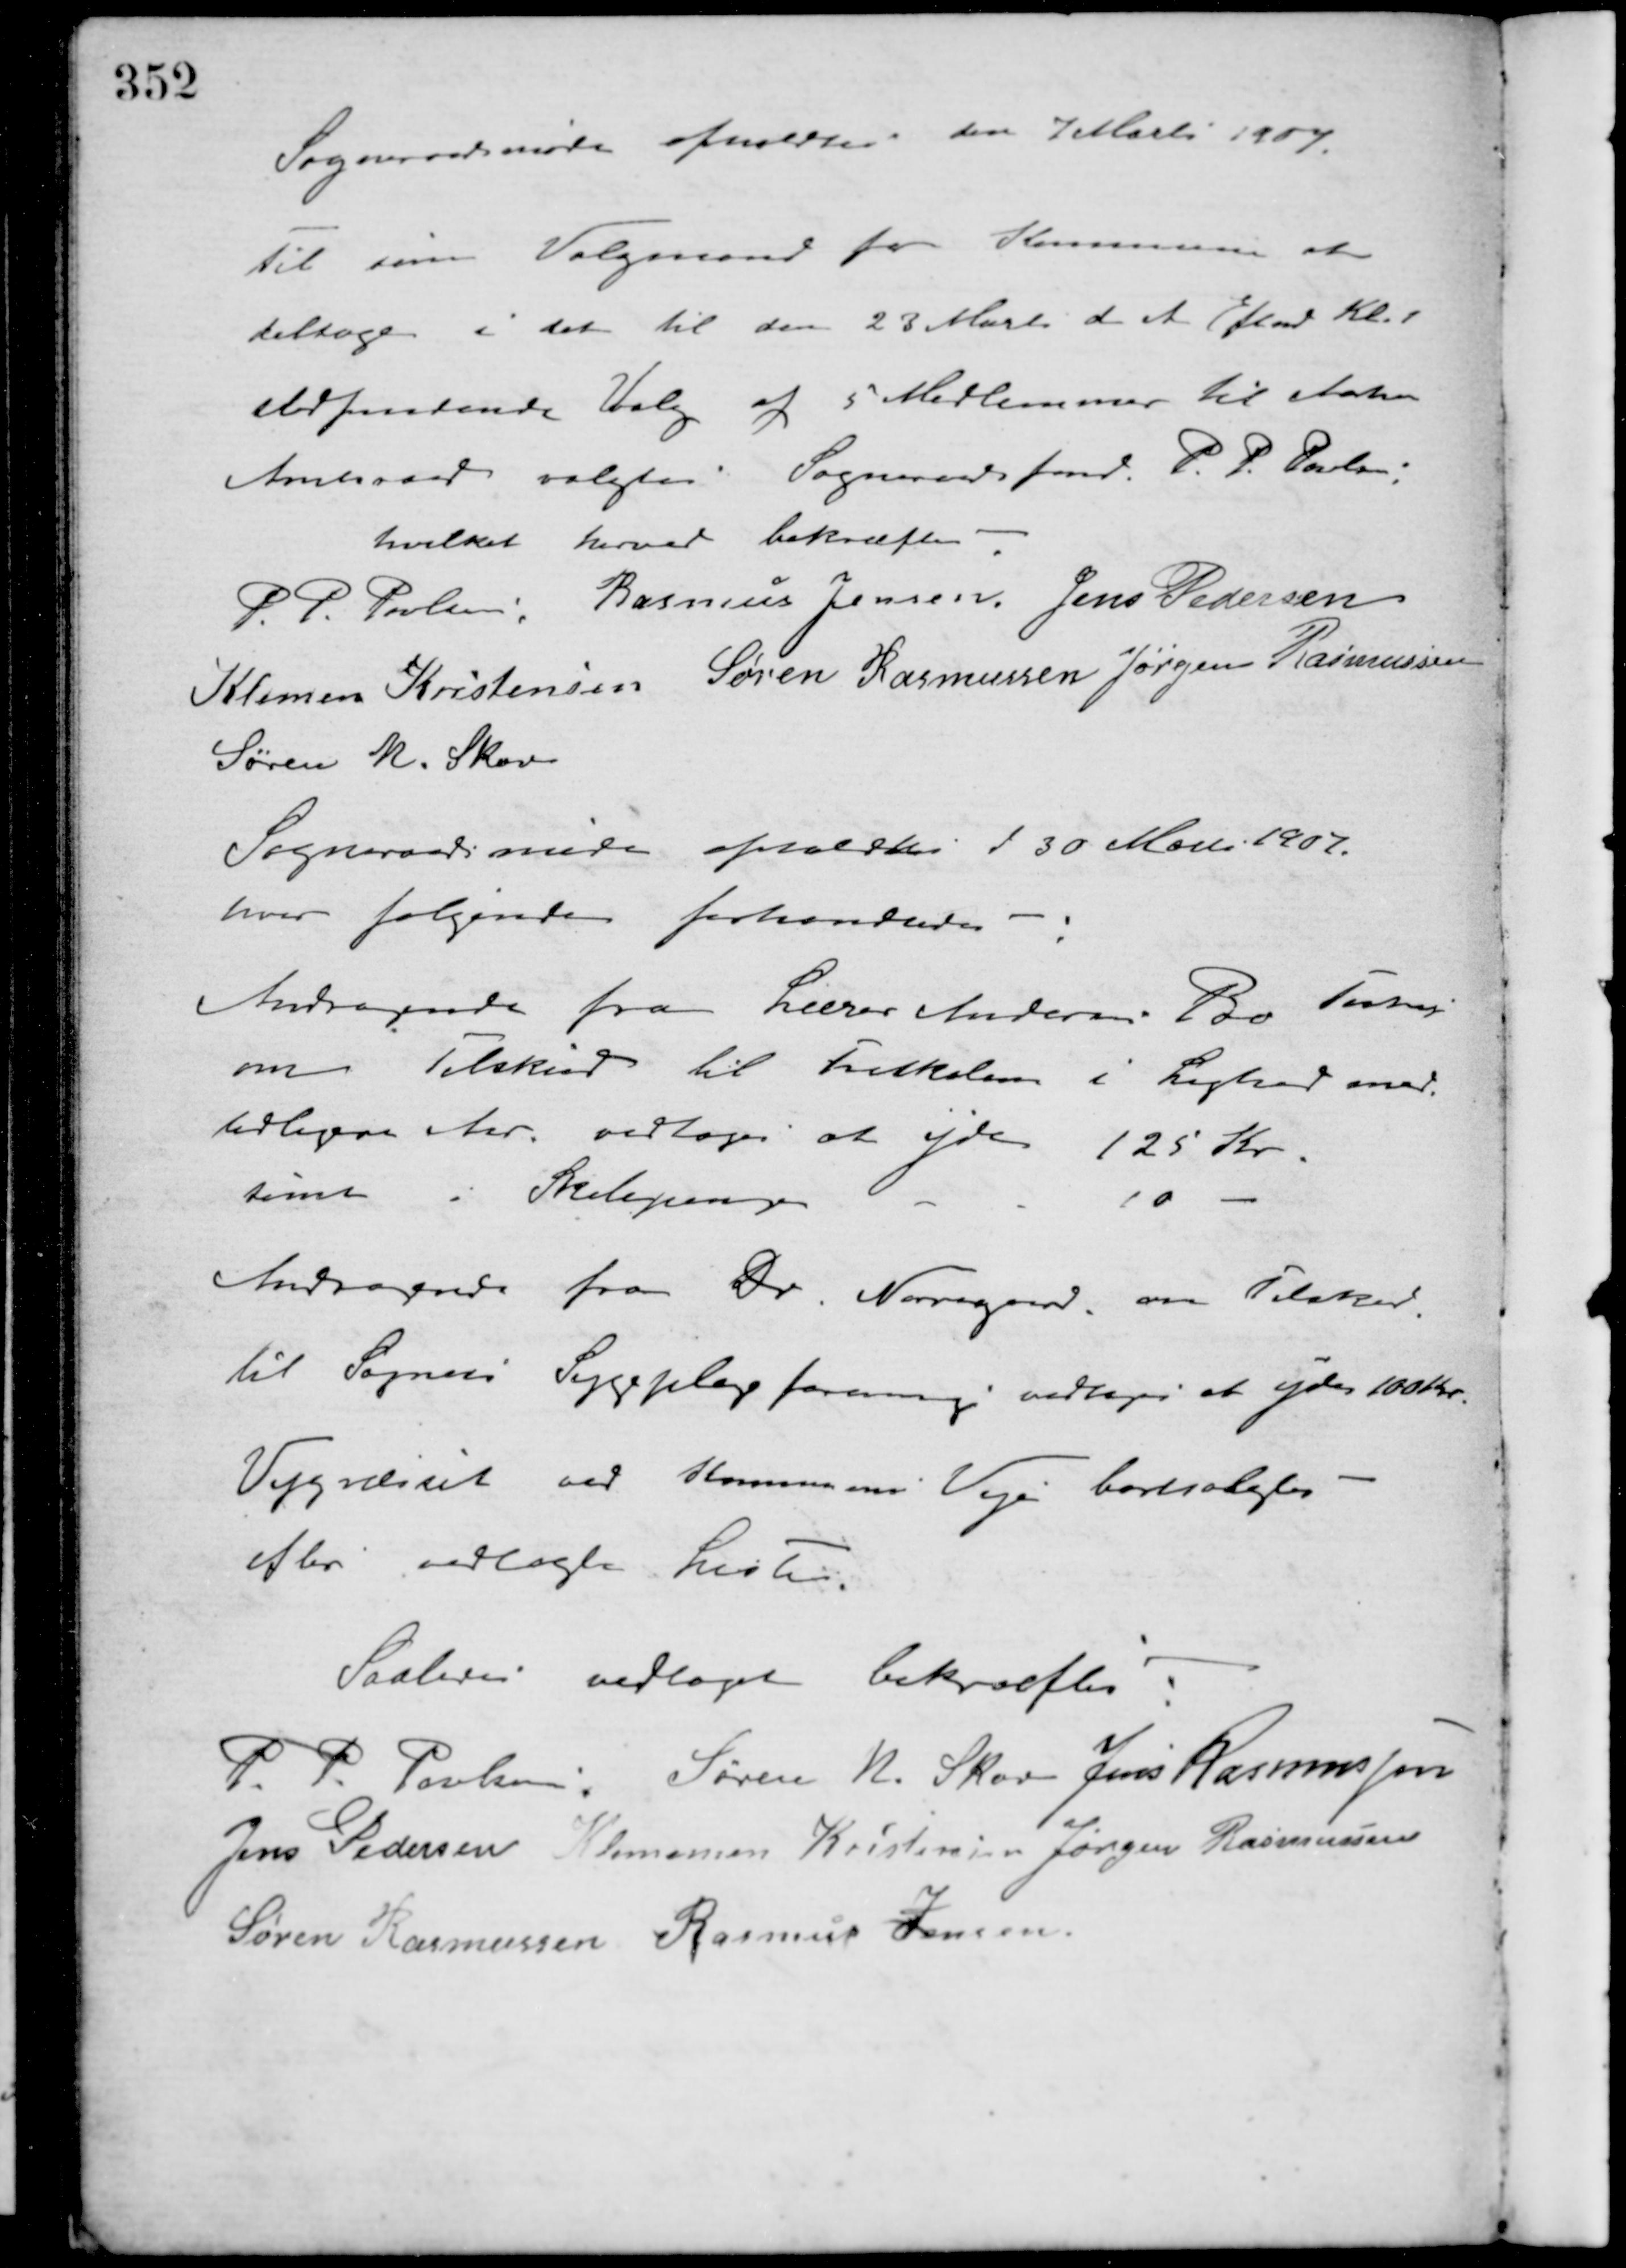
Transskription:
Sogneraadsmøde afholdtes den 7 Marts 1907.
Til som Valgmand for Kommunen at
deltage i det til den 23 Marts d. A. Efterm. Kl. 1
stedfindende Valg af 5 Medlemmer til Aarhus
Amtsraad valgtes: Sogneraadsfmd. P. P. Poulsen,
hvilket herved bekræftes
P. P. Poulsen Rasmus Jensen Jens Pedersen
Klemen Kristensen Søren Rasmussen Jørgen Rasmussen
Søren N. Skov
Sogneraadsmøde afholdtes d 30 Marts 1907.
hvor følgende forhandledes:
Andragende fra Lærer Anders Bo Testrup
om Tilskud til Friskolen i Lighed med
tidligere Aar. vedtoges at yde 125 Kr.
samt i Skolepenge
- - 10 -
Andragende fra Dr. Nørregaard, om Tilskud
til Sognets Sygeplejeforening vedtoges at yde 100 Kr.
Vejgræsset ved Kommunens Veje bortsolgtes -
efter vedlagte Lister.
Saaledes vedtaget bekræftes
P. P. Poulsen Søren N. Skov Jens Rasmussen
Jens Pedersen Klemen Kristensen Jørgen Rasmussen
Søren Rasmussen Rasmus Jensen